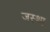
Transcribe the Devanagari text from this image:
जस्था